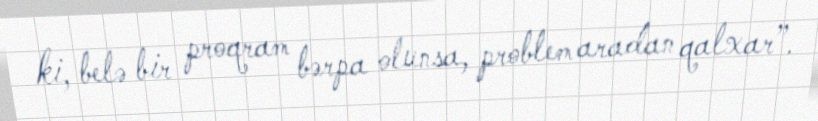
ki, belə bir proqram bərpa olunsa, problem aradan qalxar”.